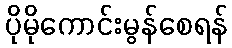
ပိုမိုကောင်းမွန်စေရန်